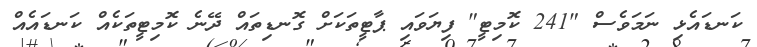
ކަނޑައެޅި ނަމަވެސް "241 ކޮމިޓީ" ފިޔަވައި ޕާޓީތަކަށް ގޮނޑިތައް ދޭނެ ކޮމިޓީތަކެއް ކަނޑައެއް